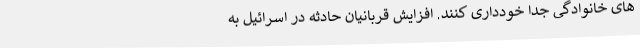
های خانوادگی جدا خودداری کنند. افزایش قربانیان حادثه در اسرائیل به